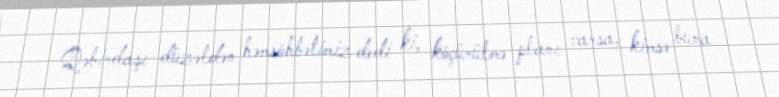
Qəbirdaşı düzəldən həmsöhbətimiz dedi ki, köçürülmə planı varsa, kimsə buna